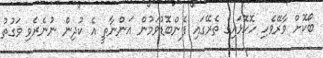
ބޯކޮށް ވާރޭވެހި ހޮހޮޅައިގެ ތެރޭގައި ފެންބޮޑުވަމުން އަންނާތީ އެ ކުދިން ނުނެރެވި ވަގުތު